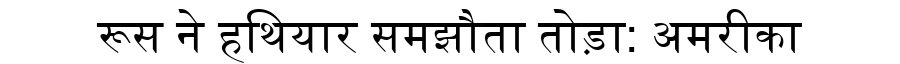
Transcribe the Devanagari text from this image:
रूस ने हथियार समझौता तोड़ा: अमरीका